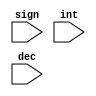
`timescale 1ns / 1ps

module num(
    input [0:0]sign, //1 pos/neg bit, 7 round bits, no decimals
    input [7:0]int,
    input [22:0]dec
    );
  
function [31:0] bin;
    input [0:0]sign;
    input [7:0]int;
    input [22:0]dec;
    reg [31:0] binary;
        begin
        binary[31] = sign;
        binary[30:23] = int;
        binary[22:0] = dec;
        bin = binary;
        end
endfunction

endmodule